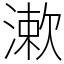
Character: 漱